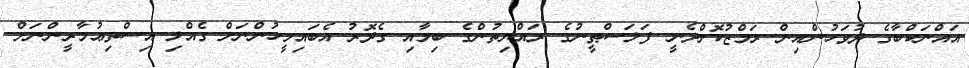
އައްނަކްބާގެ ދުވަހުންއިން ރަމްޒުކޮށްދެނީ ފަލަސްޠީނުގެ ރައްޔިތުންގެ ބިމާއި ގެދޮރު އެބައިމީހުންނަށް ގެއްލި އިސްތިޢުމާރީންނަށް